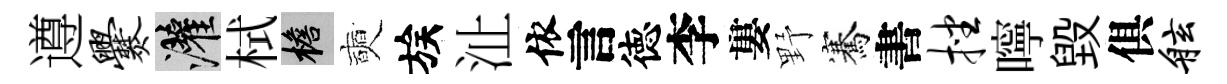
遵爨灌栻檐奭族沚依言徳李婁野騫書挫嚀毁俱舷